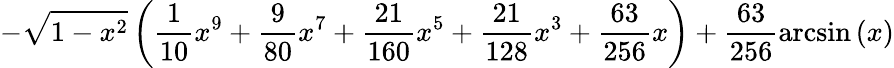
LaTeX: -\sqrt{1-x^{2}}\left(\frac{1}{10}x^{9}+\frac{9}{80}x^{7}+\frac{21}{160}x^{5}+\frac{21}{128}x^{3}+\frac{63}{256}x\right)+\frac{63}{256}\arcsin\left(x\right)